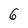
Character: G